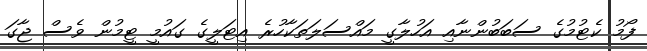
ފޯމު ކެޓުމުގެ ސަބަބުންނާއި އަހުލާގީ މައްސަލަތަކާހުރެ އިޓަލީގެ ގައުމީ ޓީމުން ވެސް ޖާގަ